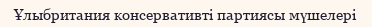
Ұлыбритания консервативті партиясы мүшелері